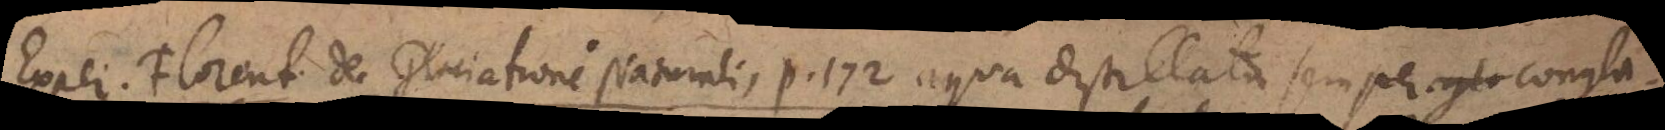
Exper. Florent. de Glaciatione Naturali, p. 172 aqua distillata semper congla-